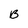
Character: B